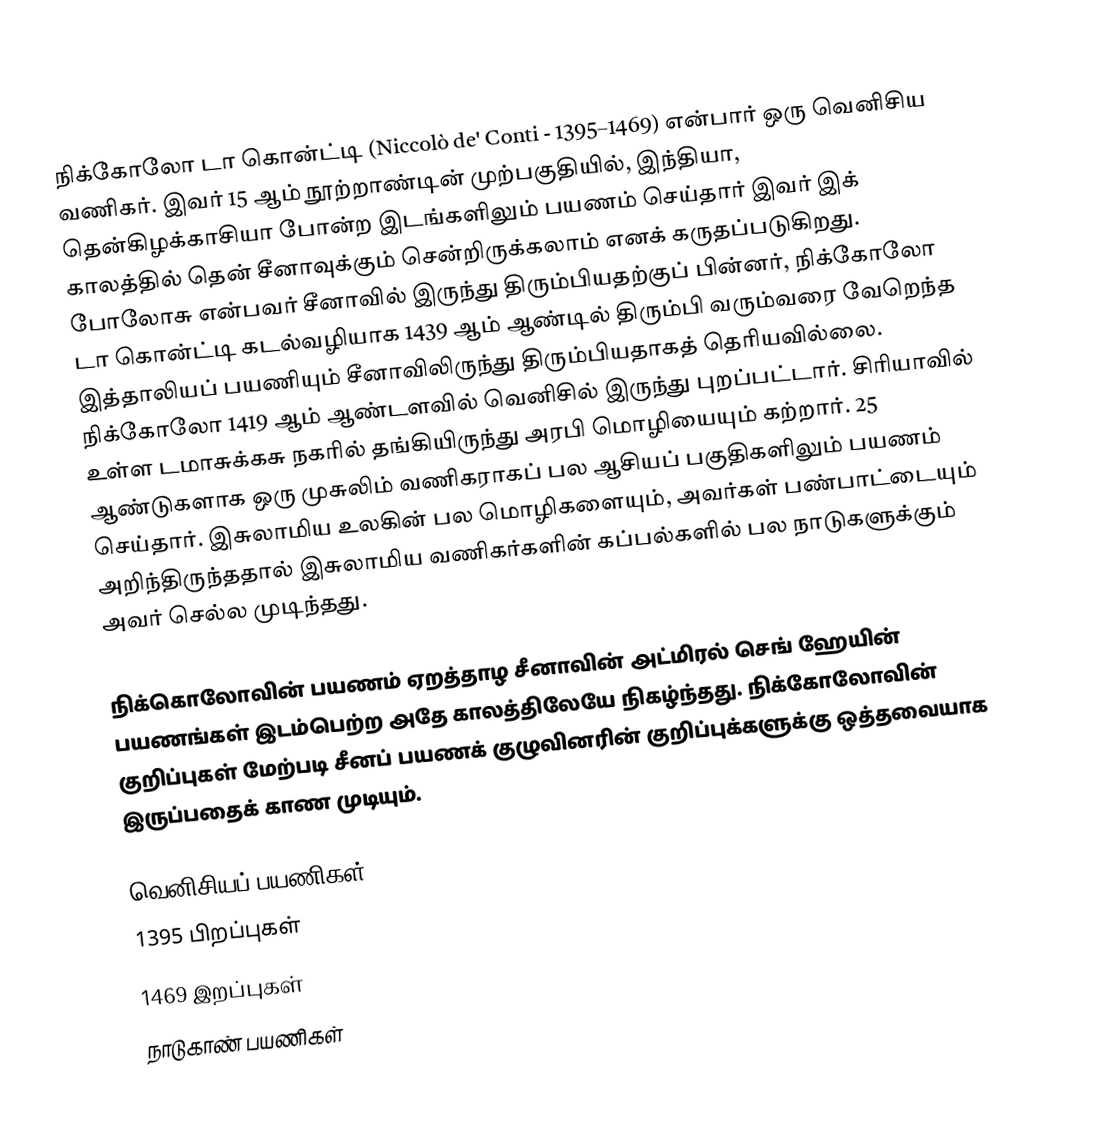
நிக்கோலோ டா கொன்ட்டி (Niccolò de' Conti - 1395–1469) என்பார் ஒரு வெனிசிய வணிகர். இவர் 15 ஆம் நூற்றாண்டின் முற்பகுதியில், இந்தியா, தென்கிழக்காசியா போன்ற இடங்களிலும் பயணம் செய்தார் இவர் இக் காலத்தில் தென் சீனாவுக்கும் சென்றிருக்கலாம் எனக் கருதப்படுகிறது. போலோசு என்பவர் சீனாவில் இருந்து திரும்பியதற்குப் பின்னர், நிக்கோலோ டா கொன்ட்டி கடல்வழியாக 1439 ஆம் ஆண்டில் திரும்பி வரும்வரை வேறெந்த இத்தாலியப் பயணியும் சீனாவிலிருந்து திரும்பியதாகத் தெரியவில்லை. நிக்கோலோ 1419 ஆம் ஆண்டளவில் வெனிசில் இருந்து புறப்பட்டார். சிரியாவில் உள்ள டமாசுக்கசு நகரில் தங்கியிருந்து அரபி மொழியையும் கற்றார். 25 ஆண்டுகளாக ஒரு முசுலிம் வணிகராகப் பல ஆசியப் பகுதிகளிலும் பயணம் செய்தார். இசுலாமிய உலகின் பல மொழிகளையும், அவர்கள் பண்பாட்டையும் அறிந்திருந்ததால் இசுலாமிய வணிகர்களின் கப்பல்களில் பல நாடுகளுக்கும் அவர் செல்ல முடிந்தது.

நிக்கொலோவின் பயணம் ஏறத்தாழ சீனாவின் அட்மிரல் செங் ஹேயின் பயணங்கள் இடம்பெற்ற அதே காலத்திலேயே நிகழ்ந்தது. நிக்கோலோவின் குறிப்புகள் மேற்படி சீனப் பயணக் குழுவினரின் குறிப்புக்களுக்கு ஒத்தவையாக இருப்பதைக் காண முடியும்.

வெனிசியப் பயணிகள்
1395 பிறப்புகள்
1469 இறப்புகள்
நாடுகாண் பயணிகள்